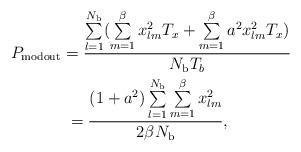
LaTeX: \begin{align*}P_{\rm modout}&=\frac{\sum\limits_{l=1}^{N_{\rm b}} (\sum\limits_{m=1}^{\beta} x_{lm}^{2}T_{x}+\sum\limits_{m=1}^{\beta} a^{2}x_{lm}^{2}T_{x})}{N_{\rm b}T_{b}}\\& \thickspace =\frac{(1+a^{2})\sum\limits_{l=1}^{N_{\rm b}} \sum\limits_{m=1}^{\beta} x_{lm}^{2}}{2\beta N_{\rm b}},\end{align*}